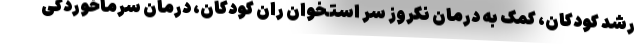
رشد کودکان، کمک به درمان نکروز سر استخوان ران کودکان، درمان سرماخوردگی